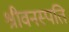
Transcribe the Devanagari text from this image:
श्रीवनस्पति